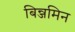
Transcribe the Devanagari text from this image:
बिन्जमिन